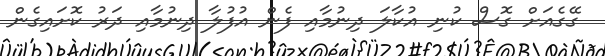
ގޭގެއަށް ގޮސް ކުނި އުކާލަ ދިނުމާއި ފެން އުފުލާ ދިނުމާއި ދަރު ކޮށައިގެން